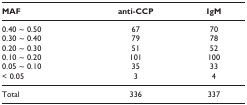
<table><thead><tr><td><b>MAF</b></td><td><b>anti-CCP</b></td><td><b>IgM</b></td></tr></thead><tbody><tr><td>0.40 ~ 0.50</td><td>67</td><td>70</td></tr><tr><td>0.30 ~ 0.40</td><td>79</td><td>78</td></tr><tr><td>0.20 ~ 0.30</td><td>51</td><td>52</td></tr><tr><td>0.10 ~ 0.20</td><td>101</td><td>100</td></tr><tr><td>0.05 ~ 0.10</td><td>35</td><td>33</td></tr><tr><td>&lt; 0.05</td><td>3</td><td>4</td></tr><tr><td>Total</td><td>336</td><td>337</td></tr></tbody></table>